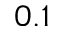
0 . 1